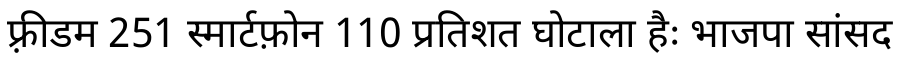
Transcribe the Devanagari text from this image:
फ़्रीडम 251 स्मार्टफ़ोन 110 प्रतिशत घोटाला हैः भाजपा सांसद